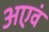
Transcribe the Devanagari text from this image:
अएवं